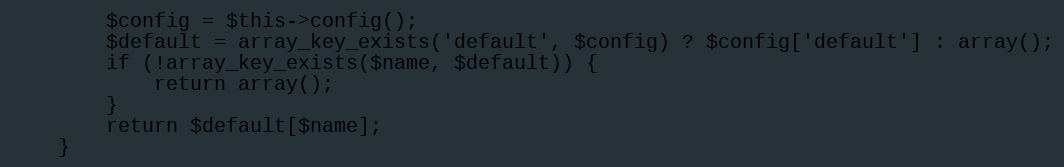
Language: PHP
        $config = $this->config();
        $default = array_key_exists('default', $config) ? $config['default'] : array();
        if (!array_key_exists($name, $default)) {
            return array();
        }
        return $default[$name];
    }